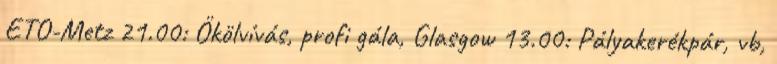
ETO-Metz 21.00: Ökölvívás, profi gála, Glasgow 13.00: Pályakerékpár, vb,